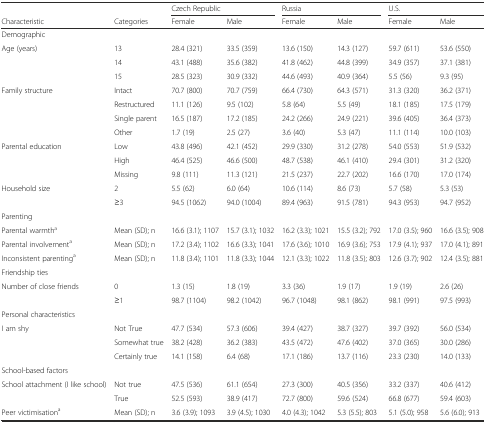
<table><thead><tr><td></td><td></td><td colspan="2"><b>Czech Republic</b></td><td colspan="2"><b>Russia</b></td><td colspan="2"><b>U.S.</b></td></tr><tr><td><b>Characteristic</b></td><td><b>Categories</b></td><td><b>Female</b></td><td><b>Male</b></td><td><b>Female</b></td><td><b>Male</b></td><td><b>Female</b></td><td><b>Male</b></td></tr></thead><tbody><tr><td>Demographic</td><td></td><td></td><td></td><td></td><td></td><td></td><td></td></tr><tr><td>Age (years)</td><td>13</td><td>28.4 (321)</td><td>33.5 (359)</td><td>13.6 (150)</td><td>14.3 (127)</td><td>59.7 (611)</td><td>53.6 (550)</td></tr><tr><td></td><td>14</td><td>43.1 (488)</td><td>35.6 (382)</td><td>41.8 (462)</td><td>44.8 (399)</td><td>34.9 (357)</td><td>37.1 (381)</td></tr><tr><td></td><td>15</td><td>28.5 (323)</td><td>30.9 (332)</td><td>44.6 (493)</td><td>40.9 (364)</td><td>5.5 (56)</td><td>9.3 (95)</td></tr><tr><td>Family structure</td><td>Intact</td><td>70.7 (800)</td><td>70.7 (759)</td><td>66.4 (730)</td><td>64.3 (571)</td><td>31.3 (320)</td><td>36.2 (371)</td></tr><tr><td></td><td>Restructured</td><td>11.1 (126)</td><td>9.5 (102)</td><td>5.8 (64)</td><td>5.5 (49)</td><td>18.1 (185)</td><td>17.5 (179)</td></tr><tr><td></td><td>Single parent</td><td>16.5 (187)</td><td>17.2 (185)</td><td>24.2 (266)</td><td>24.9 (221)</td><td>39.6 (405)</td><td>36.4 (373)</td></tr><tr><td></td><td>Other</td><td>1.7 (19)</td><td>2.5 (27)</td><td>3.6 (40)</td><td>5.3 (47)</td><td>11.1 (114)</td><td>10.0 (103)</td></tr><tr><td>Parental education</td><td>Low</td><td>43.8 (496)</td><td>42.1 (452)</td><td>29.9 (330)</td><td>31.2 (278)</td><td>54.0 (553)</td><td>51.9 (532)</td></tr><tr><td></td><td>High</td><td>46.4 (525)</td><td>46.6 (500)</td><td>48.7 (538)</td><td>46.1 (410)</td><td>29.4 (301)</td><td>31.2 (320)</td></tr><tr><td></td><td>Missing</td><td>9.8 (111)</td><td>11.3 (121)</td><td>21.5 (237)</td><td>22.7 (202)</td><td>16.6 (170)</td><td>17.0 (174)</td></tr><tr><td>Household size</td><td>2</td><td>5.5 (62)</td><td>6.0 (64)</td><td>10.6 (114)</td><td>8.6 (73)</td><td>5.7 (58)</td><td>5.3 (53)</td></tr><tr><td></td><td>≥3</td><td>94.5 (1062)</td><td>94.0 (1004)</td><td>89.4 (963)</td><td>91.5 (781)</td><td>94.3 (953)</td><td>94.7 (952)</td></tr><tr><td>Parenting</td><td></td><td></td><td></td><td></td><td></td><td></td><td></td></tr><tr><td>Parental warmth<sup>a</sup></td><td>Mean (SD); n</td><td>16.6 (3.1); 1107</td><td>15.7 (3.1); 1032</td><td>16.2 (3.3); 1021</td><td>15.5 (3.2); 792</td><td>17.0 (3.5); 960</td><td>16.6 (3.5); 908</td></tr><tr><td>Parental involvement<sup>a</sup></td><td>Mean (SD); n</td><td>17.2 (3.4); 1102</td><td>16.6 (3.3); 1041</td><td>17.6 (3.6); 1010</td><td>16.9 (3.6); 753</td><td>17.9 (4.1); 937</td><td>17.0 (4.1); 891</td></tr><tr><td>Inconsistent parenting<sup>a</sup></td><td>Mean (SD); n</td><td>11.8 (3.4); 1101</td><td>11.8 (3.3); 1044</td><td>12.1 (3.3); 1022</td><td>11.8 (3.5); 803</td><td>12.6 (3.7); 902</td><td>12.4 (3.5); 881</td></tr><tr><td>Friendship ties</td><td></td><td></td><td></td><td></td><td></td><td></td><td></td></tr><tr><td>Number of close friends</td><td>0</td><td>1.3 (15)</td><td>1.8 (19)</td><td>3.3 (36)</td><td>1.9 (17)</td><td>1.9 (19)</td><td>2.6 (26)</td></tr><tr><td></td><td>≥1</td><td>98.7 (1104)</td><td>98.2 (1042)</td><td>96.7 (1048)</td><td>98.1 (862)</td><td>98.1 (991)</td><td>97.5 (993)</td></tr><tr><td>Personal characteristics</td><td></td><td></td><td></td><td></td><td></td><td></td><td></td></tr><tr><td>I am shy</td><td>Not True</td><td>47.7 (534)</td><td>57.3 (606)</td><td>39.4 (427)</td><td>38.7 (327)</td><td>39.7 (392)</td><td>56.0 (534)</td></tr><tr><td></td><td>Somewhat true</td><td>38.2 (428)</td><td>36.2 (383)</td><td>43.5 (472)</td><td>47.6 (402)</td><td>37.0 (365)</td><td>30.0 (286)</td></tr><tr><td></td><td>Certainly true</td><td>14.1 (158)</td><td>6.4 (68)</td><td>17.1 (186)</td><td>13.7 (116)</td><td>23.3 (230)</td><td>14.0 (133)</td></tr><tr><td>School-based factors</td><td></td><td></td><td></td><td></td><td></td><td></td><td></td></tr><tr><td>School attachment (I like school)</td><td>Not true</td><td>47.5 (536)</td><td>61.1 (654)</td><td>27.3 (300)</td><td>40.5 (356)</td><td>33.2 (337)</td><td>40.6 (412)</td></tr><tr><td></td><td>True</td><td>52.5 (593)</td><td>38.9 (417)</td><td>72.7 (800)</td><td>59.6 (524)</td><td>66.8 (677)</td><td>59.4 (603)</td></tr><tr><td>Peer victimisation<sup>a</sup></td><td>Mean (SD); n</td><td>3.6 (3.9); 1093</td><td>3.9 (4.5); 1030</td><td>4.0 (4.3); 1042</td><td>5.3 (5.5); 803</td><td>5.1 (5.0); 958</td><td>5.6 (6.0); 913</td></tr></tbody></table>